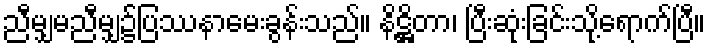
ညီမျှမညီမျှ၌ပြဿနာမေးခွန်းသည်။ နိဋ္ဌိတာ၊ ပြီးဆုံးခြင်းသို့ရောက်ပြီ။